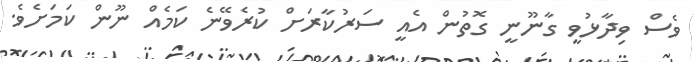
ވެސް ވިދާޅުވީ ގާނޫނީ ގޮތުން އެއީ ސަރުކާރަށް ކުރެވޭނެ ކަމެއް ނޫން ކަމަށެވެ.